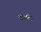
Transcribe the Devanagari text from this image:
कवंठ